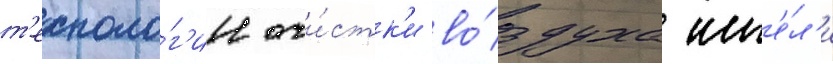
т'ехноло́г'ии очи́стк'и во́здуха им'е́л'и